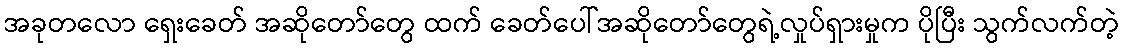
အခုတလော ရှေးခေတ် အဆိုတော်တွေ ထက် ခေတ်ပေါ်အဆိုတော်တွေရဲ့လှုပ်ရှားမှုက ပိုပြီး သွက်လက်တဲ့